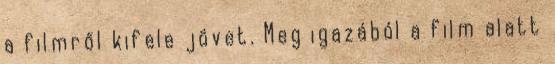
a filmről kifele jövet. Meg igazából a film alatt